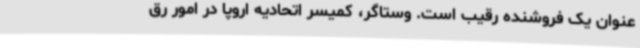
عنوان یک فروشنده رقیب است. وستاگر، کمیسر اتحادیه اروپا در امور رق